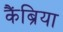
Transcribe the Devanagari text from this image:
कैंब्रिया